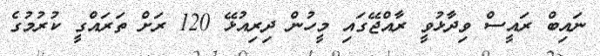
ނައިބް ރައީސް ވިދާޅުވީ ރާއްޖޭގައި މީހުން ދިރިއުޅޭ 120 ރަށް ތަރައްގީ ކުރުމުގެ